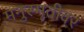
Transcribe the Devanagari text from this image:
मनुस्मृतीवर